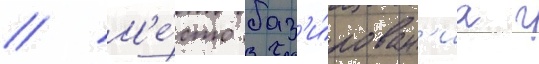
// М'е́сто баз'и́рован'иа г